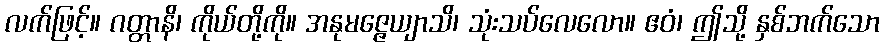
လက်ဖြင့်။ ဂတ္တာနိ၊ ကိုယ်တို့ကို။ အနုမဇ္ဇေယျာသိ၊ သုံးသပ်လေလော။ ဧဝံ၊ ဤသို့ နှစ်ဘက်သော